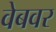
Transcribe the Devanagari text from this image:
वेबवर